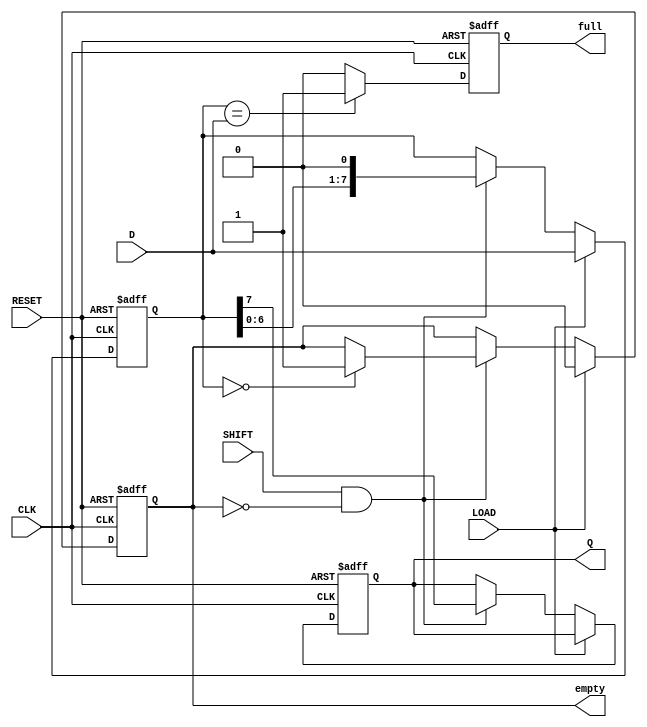
module TwoStagePISO #(
    parameter WIDTH = 8  // Define the width of the data bus
)(
    input wire [WIDTH-1:0] D,      // Parallel data input
    input wire LOAD,                // Load signal
    input wire SHIFT,               // Shift signal
    input wire CLK,                 // Clock signal
    input wire RESET,               // Reset signal
    output reg Q,                   // Serial output
    output reg empty,               // Status flag indicating if the register is empty
    output reg full                 // Status flag indicating if the register is full
);

    reg [WIDTH-1:0] input_reg;  // Register to hold parallel input data
    reg [WIDTH-1:0] output_reg; // Register for serial output

    always @(posedge CLK or posedge RESET) begin
        if (RESET) begin
            // Reset state
            input_reg <= {WIDTH{1'b0}}; // Clear input register
            output_reg <= {WIDTH{1'b0}}; // Clear output register
            Q <= 1'b0;                   // Clear serial output
            empty <= 1'b1;              // Initially empty
            full <= 1'b0;               // Initially not full
        end else begin
            if (LOAD) begin
                input_reg <= D;         // Load parallel data into input register
                output_reg <= D;        // Copy data to output register
                empty <= 1'b0;          // Register is not empty after loading
                full <= 1'b1;           // Register is full after loading
            end else if (SHIFT && !empty) begin
                // Shift operation
                Q <= output_reg[WIDTH-1]; // Shift out MSB
                output_reg <= {output_reg[WIDTH-2:0], 1'b0}; // Shift left
                if (output_reg == {WIDTH{1'b0}}) begin
                    empty <= 1'b1;      // If output register is empty, set empty flag
                end
            end
            
            // Update full status flag
            if (output_reg == D) begin
                full <= 1'b1;           // Still full if no shifting occurred
            end else begin
                full <= 1'b0;           // Not full after shifting
            end
        end
    end
    
endmodule